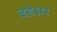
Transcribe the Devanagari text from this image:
बडेसर